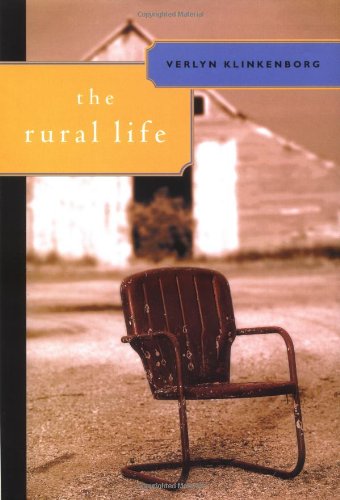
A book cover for The Rural Life; Verlyn Klinkenborg; Humor & Entertainment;